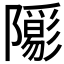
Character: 𨽑